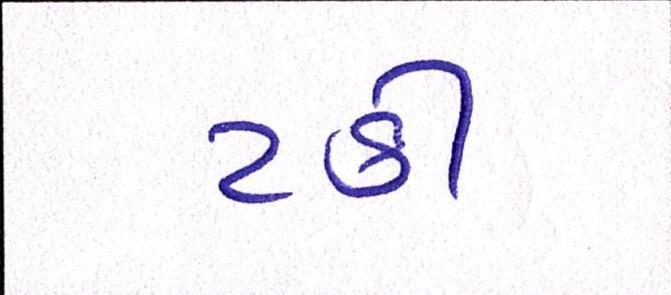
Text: ટકી